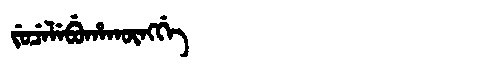
Manchu: ᠵᡠᠴᡝᠯᡝᠪᡠᡥᠠᡴᡡᠩᡤᡝ
Romanization: JUCELEBUHAKŪNGGE